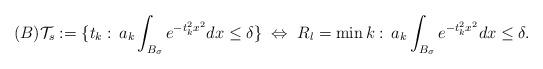
LaTeX: \begin{align*} (B){\cal T}_s:=\{t_k:\, a_k \int_{B_{\sigma}} e^{-t_k^2 x^2} dx \leq \delta\}\; \Leftrightarrow \; R_l=\min k : \, a_k \int_{B_{\sigma}} e^{-t_k^2 x^2} dx \leq \delta.\end{align*}